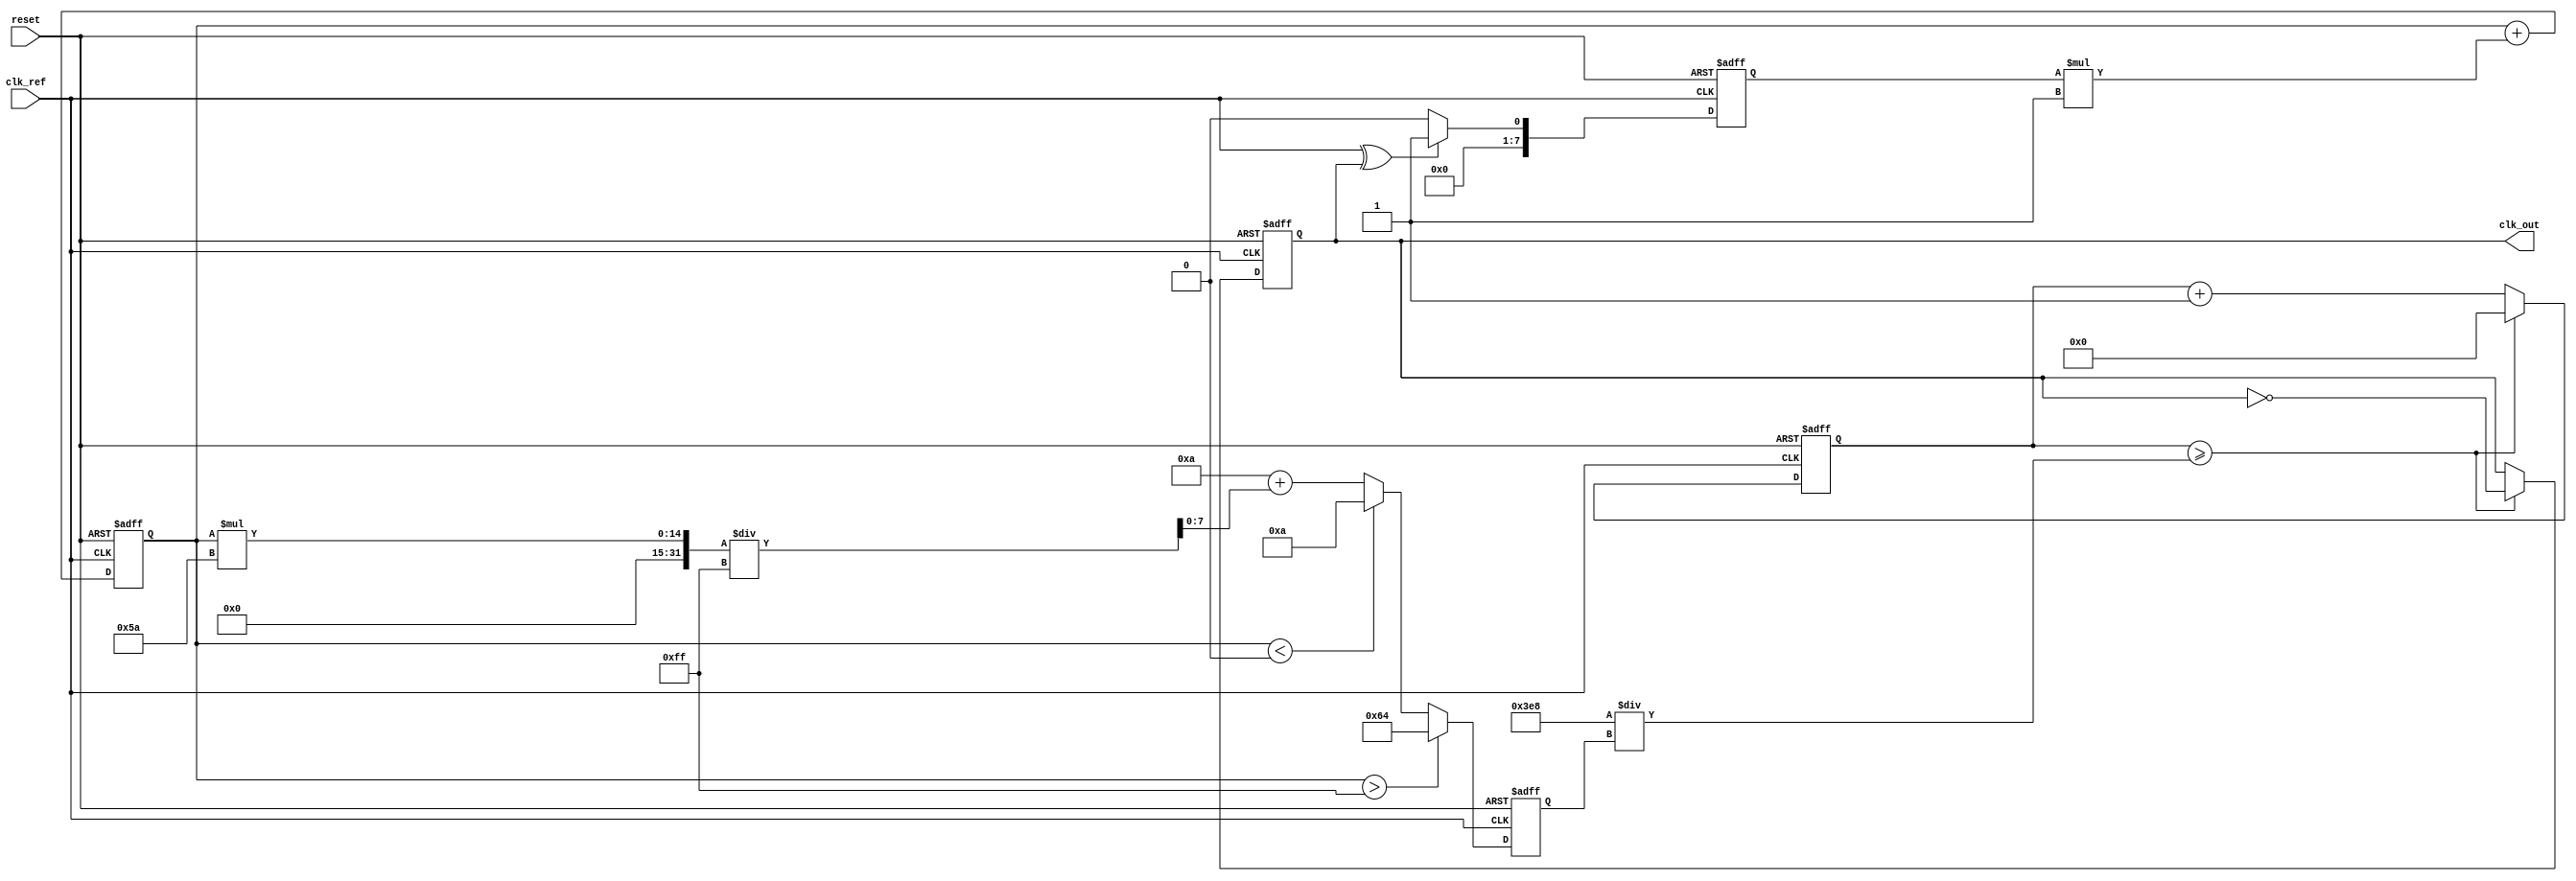
module PLL (
    input wire clk_ref,        // Reference clock input
    input wire reset,          // Reset signal
    output reg clk_out         // Output clock signal
);

// Parameters
parameter VCO_MAX_FREQ = 100; // Maximum frequency of VCO
parameter VCO_MIN_FREQ = 10;   // Minimum frequency of VCO
parameter LOOP_FILTER_GAIN = 1; // Gain for loop filter

// Internal signals
reg [7:0] phase_error;         // Phase error signal
reg [7:0] control_voltage;      // Control voltage for VCO
reg [7:0] vco_frequency;        // Current frequency of VCO
reg [31:0] counter;             // Counter for generating output clock

// Phase Detector (PD)
always @(posedge clk_ref or posedge reset) begin
    if (reset) begin
        phase_error <= 0;
    end else begin
        // Simple phase detector logic (XOR)
        phase_error <= (clk_ref ^ clk_out) ? 1 : 0; // Example phase error calculation
    end
end

// Loop Filter
always @(posedge clk_ref or posedge reset) begin
    if (reset) begin
        control_voltage <= 0;
    end else begin
        // Simple loop filter (integrator)
        control_voltage <= control_voltage + (phase_error * LOOP_FILTER_GAIN);
    end
end

// Voltage-Controlled Oscillator (VCO)
always @(posedge clk_ref or posedge reset) begin
    if (reset) begin
        vco_frequency <= VCO_MIN_FREQ;
        clk_out <= 0;
        counter <= 0;
    end else begin
        // Adjust VCO frequency based on control voltage
        if (control_voltage > 255) begin
            vco_frequency <= VCO_MAX_FREQ;
        end else if (control_voltage < 0) begin
            vco_frequency <= VCO_MIN_FREQ;
        end else begin
            vco_frequency <= VCO_MIN_FREQ + (control_voltage * (VCO_MAX_FREQ - VCO_MIN_FREQ) / 255);
        end
        
        // Generate output clock based on VCO frequency
        counter <= counter + 1;
        if (counter >= (1000 / vco_frequency)) begin // Adjust the divisor for desired frequency
            clk_out <= ~clk_out;
            counter <= 0;
        end
    end
end

endmodule